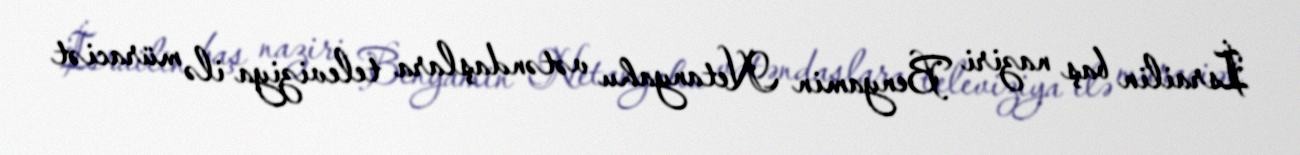
İsrailin baş naziri Benyamin Netanyahu vətəndaşlara televiziya ilə müraciət